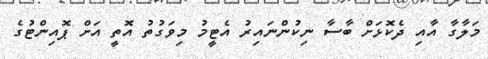
މަލާގާ އާއި ދެކޮޅަށް ބާސާ ނިކުންނައިރު އެޓީމު މިވަގުތު އޮތީ އަށް ޕޮއިންޓުގެ